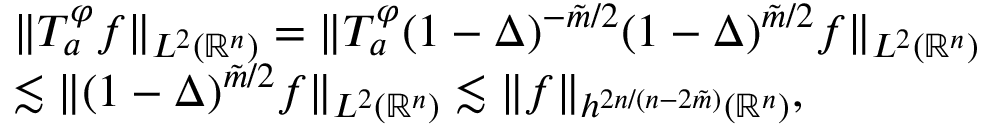
\begin{array} { r l } & { \| T _ { a } ^ { \varphi } f \| _ { L ^ { 2 } ( \mathbb { R } ^ { n } ) } = \| T _ { a } ^ { \varphi } ( 1 - \Delta ) ^ { - \tilde { m } / 2 } ( 1 - \Delta ) ^ { \tilde { m } / 2 } f \| _ { L ^ { 2 } ( \mathbb { R } ^ { n } ) } } \\ & { \lesssim \| ( 1 - \Delta ) ^ { \tilde { m } / 2 } f \| _ { L ^ { 2 } ( \mathbb { R } ^ { n } ) } \lesssim \| f \| _ { h ^ { 2 n / ( n - 2 \tilde { m } ) } ( \mathbb { R } ^ { n } ) } , } \end{array}